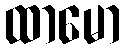
ထာမော